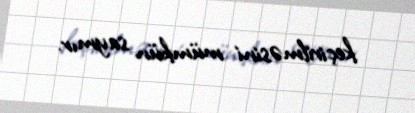
keçirilməsini mümkün saymır.